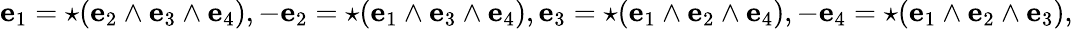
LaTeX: \mathbf{e}_{1}={\star}(\mathbf{e}_{2}\wedge\mathbf{e}_{3}\wedge\mathbf{e}_{4}),-\mathbf{e}_{2}={\star}(\mathbf{e}_{1}\wedge\mathbf{e}_{3}\wedge\mathbf{e}_{4}),\mathbf{e}_{3}={\star}(\mathbf{e}_{1}\wedge\mathbf{e}_{2}\wedge\mathbf{e}_{4}),-\mathbf{e}_{4}={\star}(\mathbf{e}_{1}\wedge\mathbf{e}_{2}\wedge\mathbf{e}_{3}),